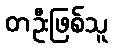
တဦးဖြစ်သူ